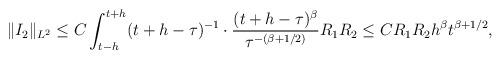
LaTeX: \begin{align*}\|I_2\|_{L^2} \leq C\int_{t-h}^{t+h} (t+h-\tau)^{-1}\cdot \frac{(t+h-\tau)^{\beta}}{\tau^{-(\beta+1/2)}}R_1R_2 \leq CR_1R_2h^{\beta}t^{\beta+1/2},\end{align*}